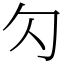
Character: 勽